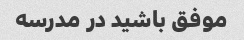
موفق باشید در مدرسه